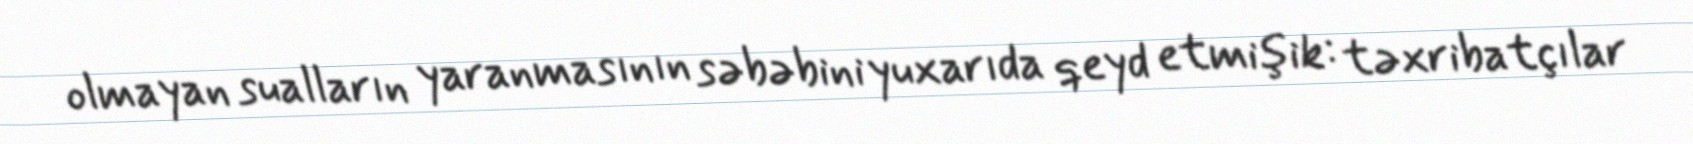
olmayan sualların yaranmasının səbəbini yuxarıda qeyd etmişik: təxribatçılar